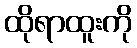
ထိုရာထူးကို